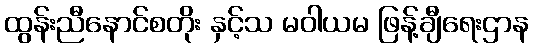
ထွန်းညီနောင်စတိုး နှင့်သ မဝါယမ ဖြန့်ချီရေးဌာန